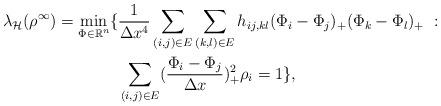
LaTeX: \begin{align*}\lambda_{\mathcal{H}}(\rho^{\infty})=\min_{\Phi\in \mathbb{R}^n}\{ & \frac{1}{\Delta x^4}\sum_{(i,j)\in E}\sum_{(k,l)\in E}h_{ij, kl}(\Phi_i-\Phi_j)_+(\Phi_k-\Phi_l)_+~:~ \\& \sum_{(i,j)\in E}(\frac{\Phi_i-\Phi_j}{\Delta x})^2_+\rho_i=1\},\end{align*}